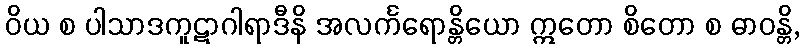
ဝိယ စ ပါသာဒကူဋာဂါရာဒီနိ အလင်္ကရောန္တိယော ဣတော စိတော စ ဓာဝန္တိ,